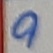
Text: 9